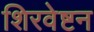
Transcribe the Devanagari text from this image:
शिरवेष्टन